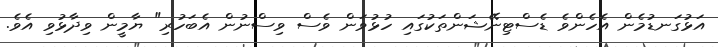
އަޅުގަނޑުމެން އެހެންވެ ޑެސްޓިނޭޝަންތަކުގައި ހުޅުވަން ވެސް ވިސްނުން އެބަހުރި" ޔާމީން ވިދާޅުވި އެވެ.